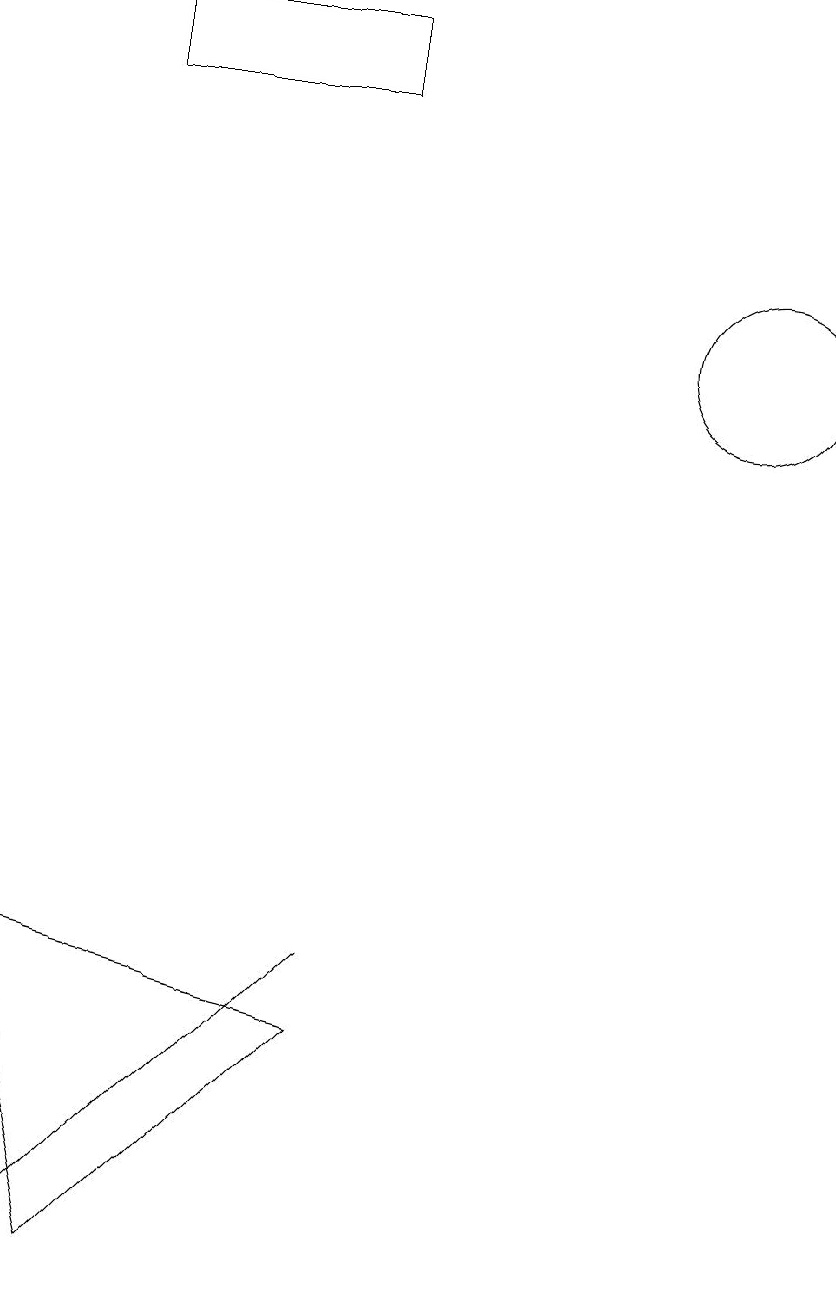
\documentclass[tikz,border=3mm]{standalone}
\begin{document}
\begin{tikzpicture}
\draw (3,16) rectangle (6,15);
\draw (2,0) -- (2,0) -- (6,4) -- cycle;
\draw (11,12) circle (1);
\draw (3,0) -- (6,3) -- (2,4) -- cycle;
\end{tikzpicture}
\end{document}